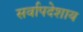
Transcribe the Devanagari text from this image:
सर्वापदेशाय